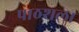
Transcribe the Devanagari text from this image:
पाठशला